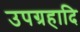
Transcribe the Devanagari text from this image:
उपग्रहादि